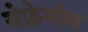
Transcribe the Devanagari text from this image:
येफ्रेमोव